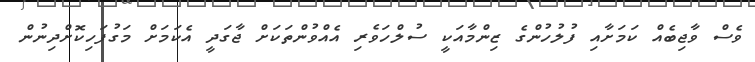
ވެސް ވާޖިބެއް ކަމަށާއި ފުލުހުންގެ ޒިންމާއަކީ ސުލްހަވެރި އެއްވުންތަކަށް ޖާގަދީ އެކަމަށް މަގުފަހިކޮށްދިނުން